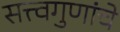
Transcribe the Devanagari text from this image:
सत्त्वगुणांचे